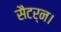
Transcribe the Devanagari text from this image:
सैटर्न।